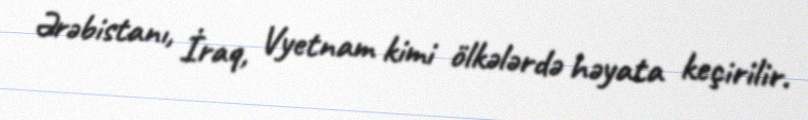
Ərəbistanı, İraq, Vyetnam kimi ölkələrdə həyata keçirilir.